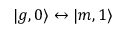
\vert g , 0 \rangle \leftrightarrow \vert m , 1 \rangle